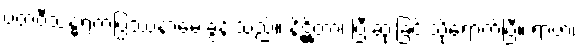
ပထဝီသန္ဓရကပြဿနာမေးခွန်းသည်။ နိဋ္ဌိတာ၊ ပြီးဆုံးခြင်းသို့ရောက်ပြီ။ ရာဇာ၊